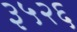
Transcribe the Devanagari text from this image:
३५२६